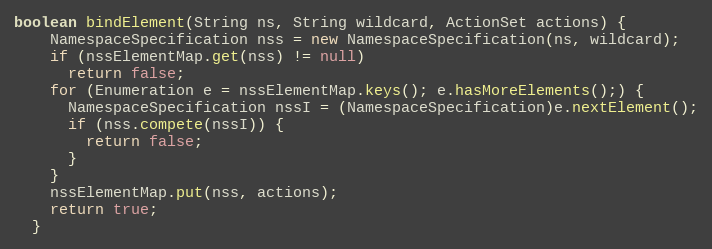
Language: Java
boolean bindElement(String ns, String wildcard, ActionSet actions) {
    NamespaceSpecification nss = new NamespaceSpecification(ns, wildcard);
    if (nssElementMap.get(nss) != null)
      return false;
    for (Enumeration e = nssElementMap.keys(); e.hasMoreElements();) {
      NamespaceSpecification nssI = (NamespaceSpecification)e.nextElement();
      if (nss.compete(nssI)) {
        return false;
      }
    }
    nssElementMap.put(nss, actions);
    return true;
  }